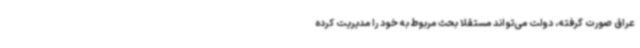
عراق صورت گرفته، دولت می‌تواند مستقلا بحث مربوط به خود را مدیریت کرده